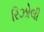
રિઝોલી